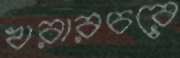
খরারচরে